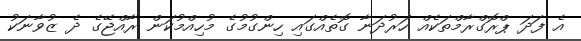
އެ ފަދަ ޕްރޮގްރާމްތަކެއް ހަރުދަނާ ގޮތެއްގައި ހިންގުމުގެ މުހިއްމުކަން ރާއްޖޭގެ ދެ ޒުވާނަކު